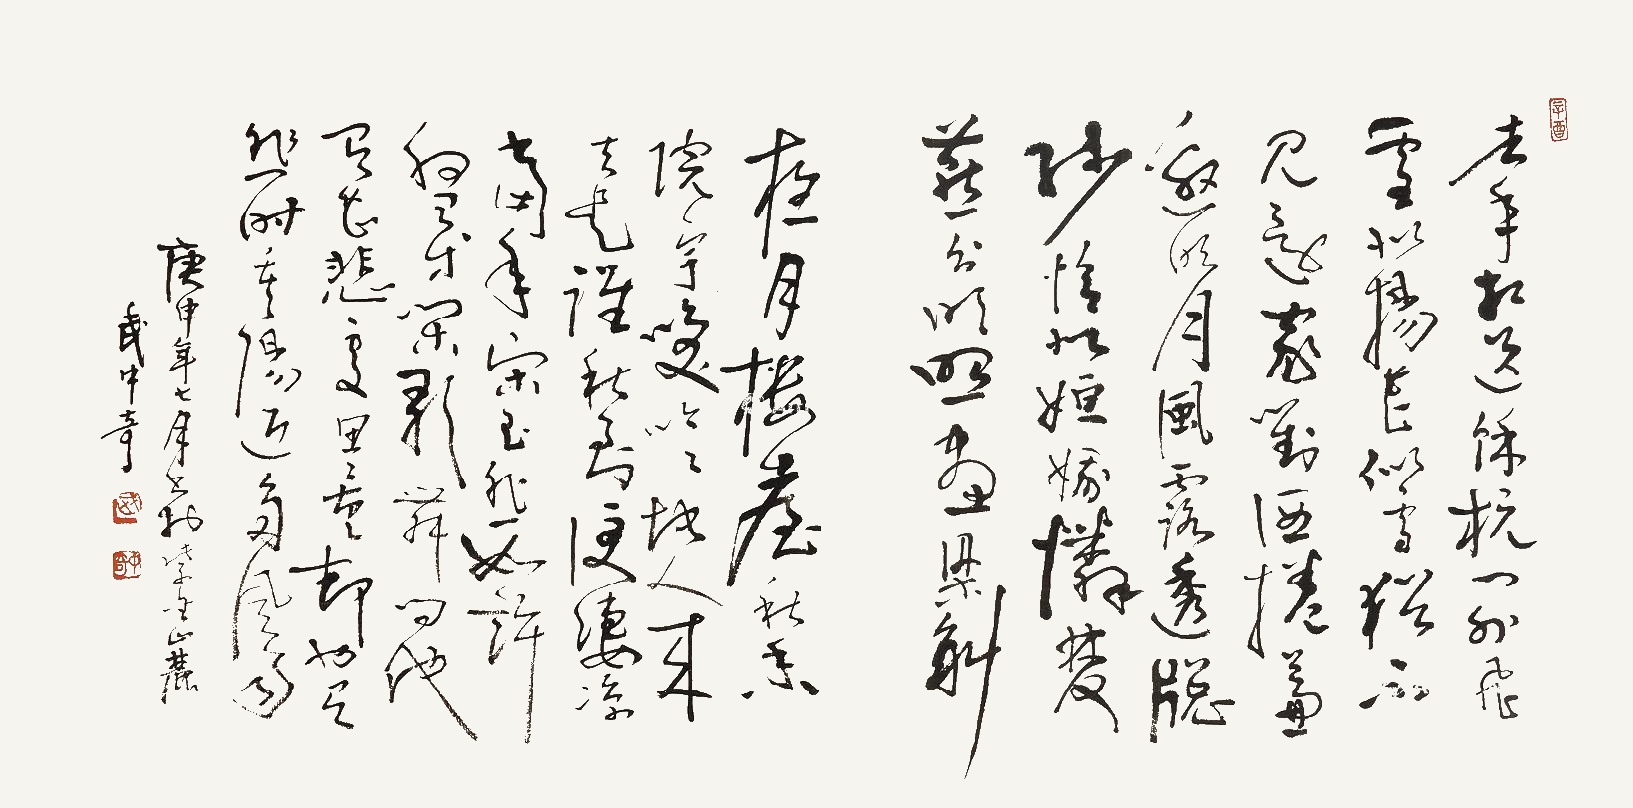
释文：去年相送，余杭门外，飞雪似杨花。今年春尽，杨花似雪，犹不见还家。对酒卷帘邀明月，风露透窗纱。恰似姮娥怜双燕，分明照、画梁斜。
夜月楼台，秋香院宇。笑吟吟地人来去。是谁秋到便凄凉？当年宋玉悲如许。随分杯盘，等闲歌舞。问他有甚堪处？思量却也有悲时，重阳节近多风雨。庚申年七月书于紫金山麓，武中奇。